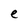
Character: e